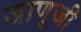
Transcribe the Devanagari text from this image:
जाणूजी